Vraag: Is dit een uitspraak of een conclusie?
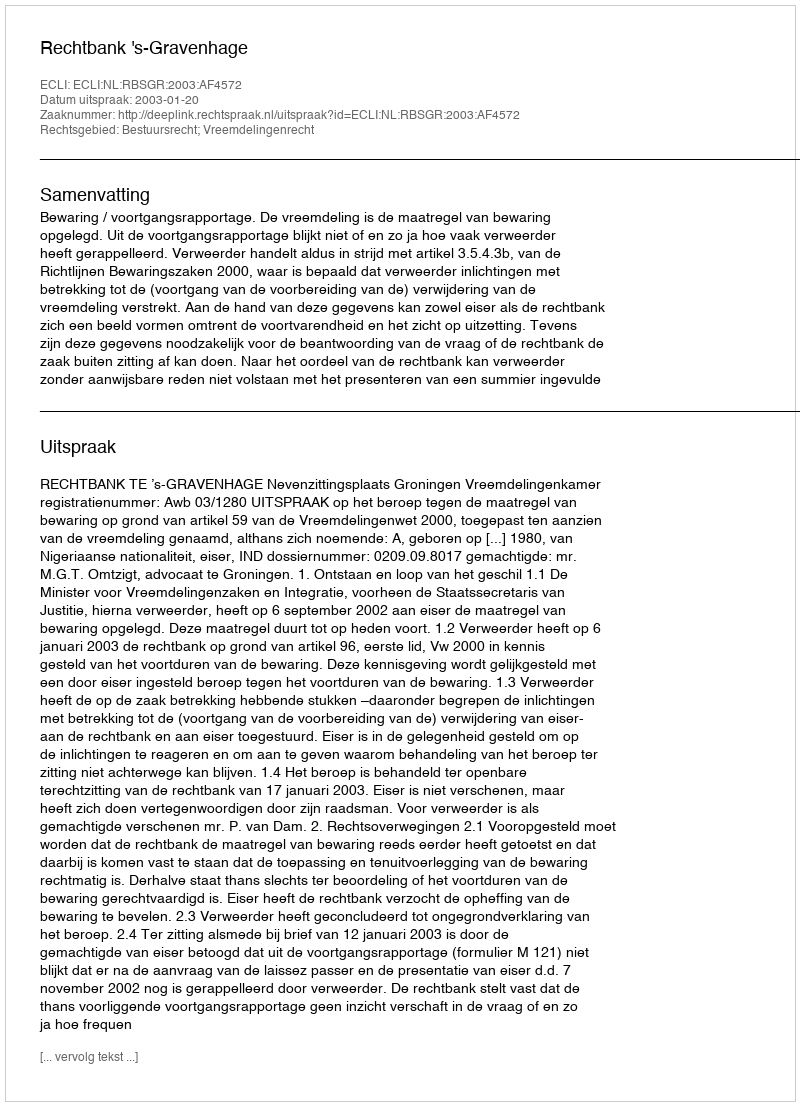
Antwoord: Uitspraak